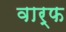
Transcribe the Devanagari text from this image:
वार्फ